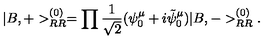
| B , + > _ { R R } ^ { ( 0 ) } = \prod \frac { 1 } { \sqrt { 2 } } ( \psi _ { 0 } ^ { \mu } + i \tilde { \psi } _ { 0 } ^ { \mu } ) | B , - > _ { R R } ^ { ( 0 ) } .